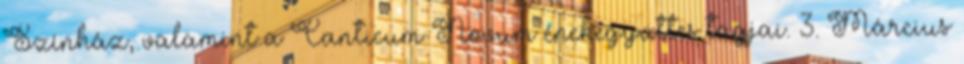
Színház, valamint a Canticum Novum énekegyüttes tagjai. 3. Március